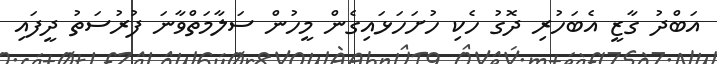
އަބްދު ގާޒީ އެބަހުރި ދޮގު ހެކި ހުށަހަޅައިގެން މީހުން ސަލާމަތްވާނަ ފުރުސަތު ދީފައި